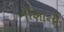
નીશાની